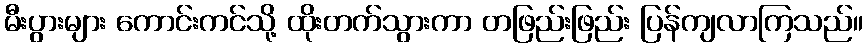
မီးပွားများ ကောင်းကင်သို့ ထိုးတက်သွားကာ တဖြည်းဖြည်း ပြန်ကျလာကြသည်။